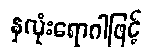
နှလုံးရောဂါဖြင့်